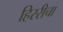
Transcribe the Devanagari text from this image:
हिररीचा